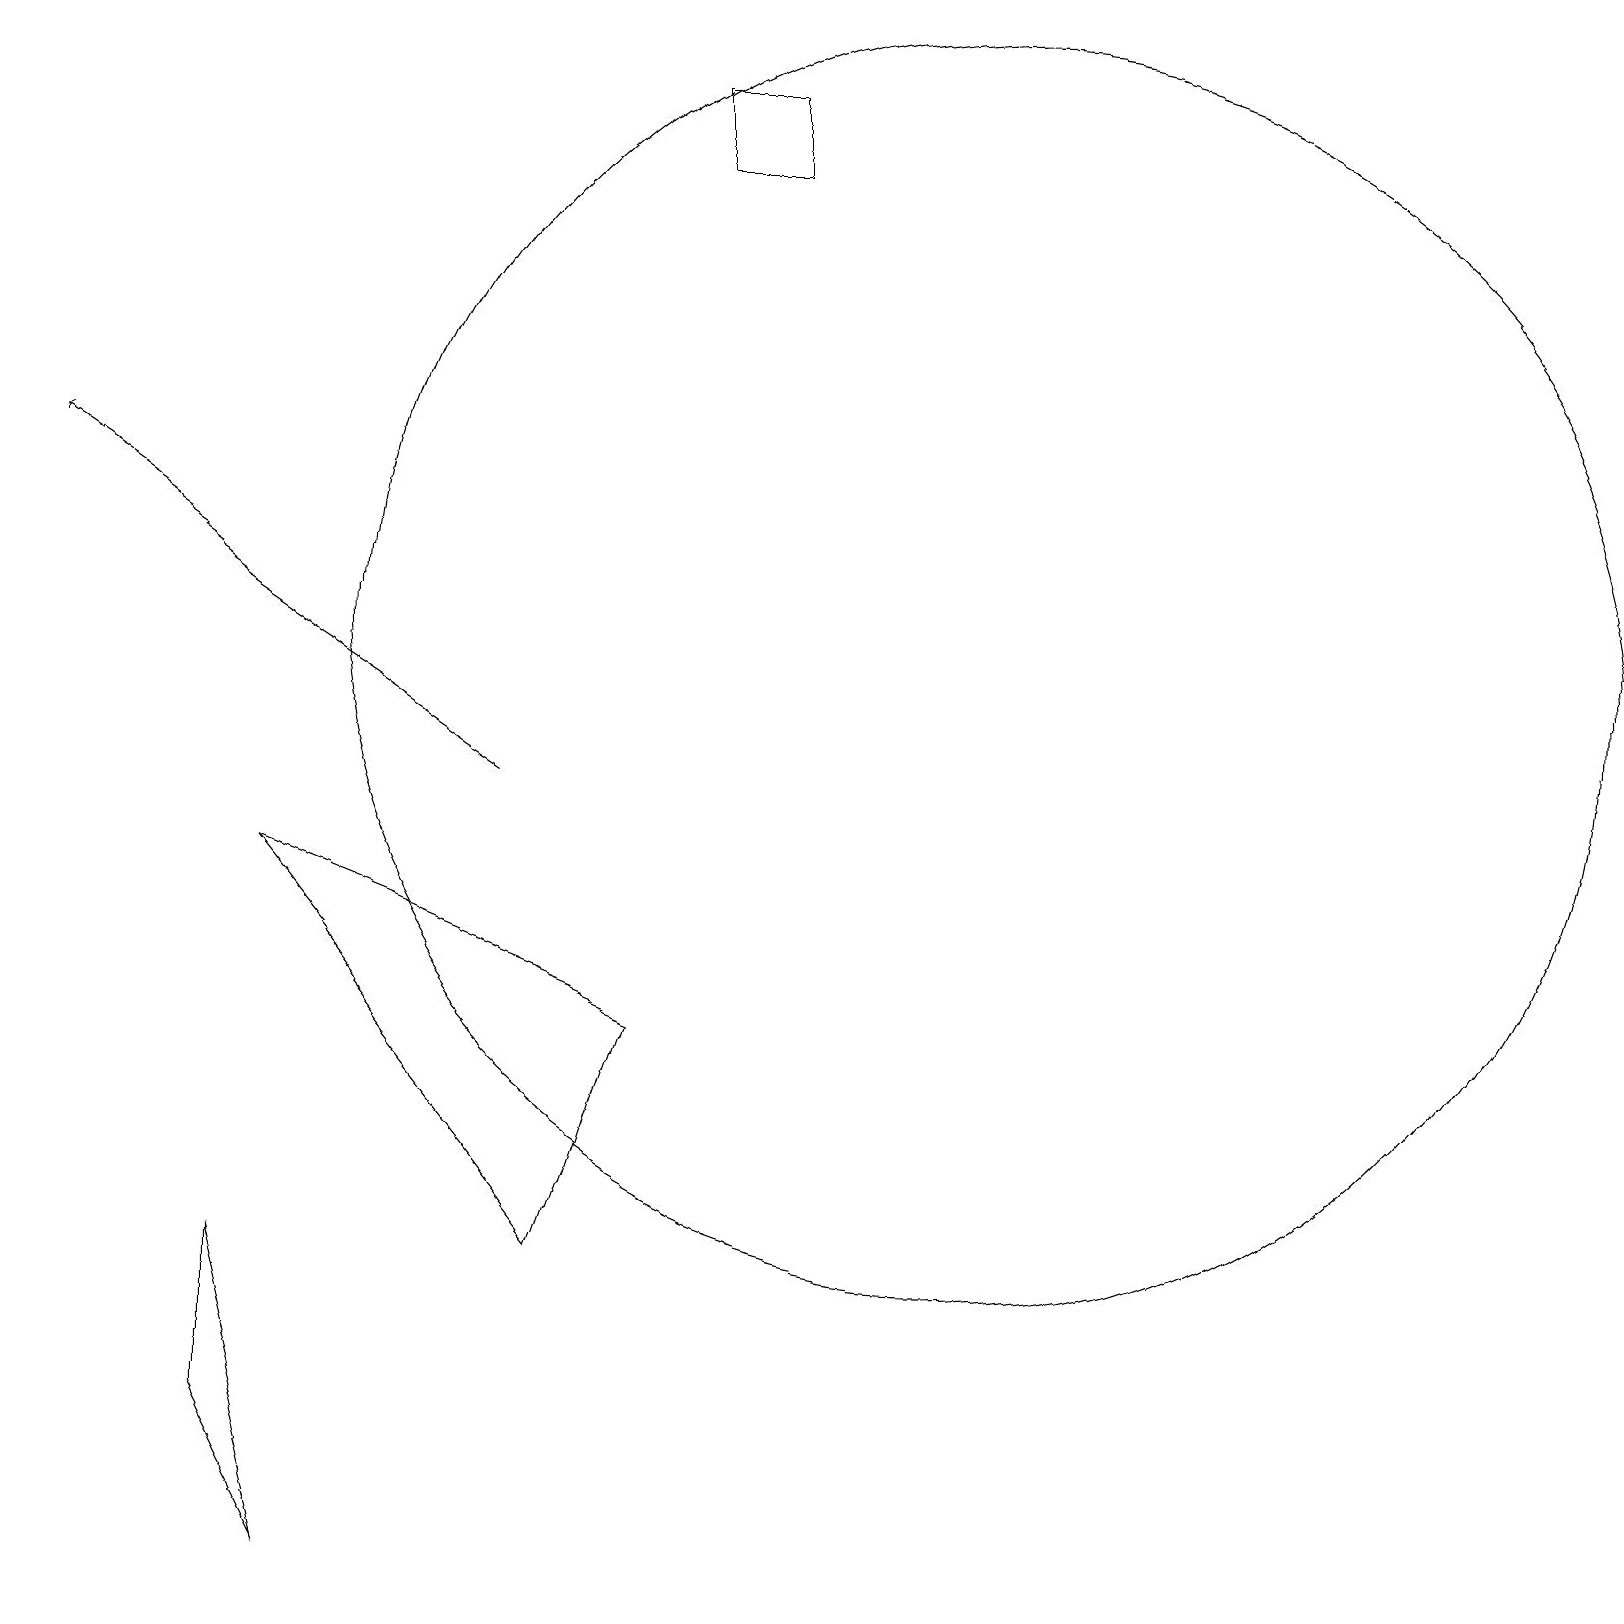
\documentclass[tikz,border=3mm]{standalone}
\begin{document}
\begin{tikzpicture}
\draw (8,18) rectangle (9,19);
\draw[->] (6,10) -- (0,14);
\draw (7,4) -- (3,9) -- (8,7) -- cycle;
\draw (12,12) circle (8);
\draw (3,4) -- (4,0) -- (3,2) -- cycle;
\draw (11,11) circle (0);
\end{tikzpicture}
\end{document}